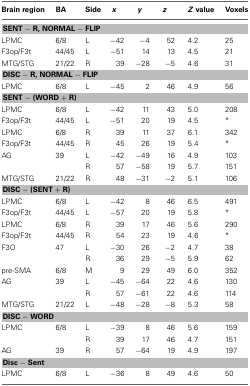
<table><thead><tr><td><b>Brain region</b></td><td><b>BA</b></td><td><b>Side</b></td><td><b><i>x</i></b></td><td><b><i>y</i></b></td><td><b><i>z</i></b></td><td><b><i>Z</i> value</b></td><td><b>Voxels</b></td></tr></thead><tbody><tr><td colspan="8"><b>SENT − R, NORMAL − FLIP</b></td></tr><tr><td>LPMC</td><td>6/8</td><td>L</td><td>−42</td><td>−4</td><td>52</td><td>4.2</td><td>25</td></tr><tr><td>F3op/F3t</td><td>44/45</td><td>L</td><td>−51</td><td>14</td><td>13</td><td>4.5</td><td>21</td></tr><tr><td>MTG/STG</td><td>21/22</td><td>R</td><td>39</td><td>−28</td><td>−5</td><td>4.6</td><td>31</td></tr><tr><td colspan="8"><b>DISC − R, NORMAL − FLIP</b></td></tr><tr><td>LPMC</td><td>6/8</td><td>L</td><td>−45</td><td>2</td><td>46</td><td>4.9</td><td>56</td></tr><tr><td colspan="8"><b>SENT − (WORD + R)</b></td></tr><tr><td>LPMC</td><td>6/8</td><td>L</td><td>−42</td><td>11</td><td>43</td><td>5.0</td><td>208</td></tr><tr><td>F3op/F3t</td><td>44/45</td><td>L</td><td>−51</td><td>20</td><td>19</td><td>4.5</td><td>*</td></tr><tr><td>LPMC</td><td>6/8</td><td>R</td><td>39</td><td>11</td><td>37</td><td>6.1</td><td>342</td></tr><tr><td>F3op/F3t</td><td>44/45</td><td>R</td><td>45</td><td>26</td><td>19</td><td>5.4</td><td>*</td></tr><tr><td>AG</td><td>39</td><td>L</td><td>−42</td><td>−49</td><td>16</td><td>4.9</td><td>103</td></tr><tr><td></td><td></td><td>R</td><td>57</td><td>−58</td><td>19</td><td>5.7</td><td>151</td></tr><tr><td>MTG/STG</td><td>21/22</td><td>R</td><td>48</td><td>−31</td><td>−2</td><td>5.1</td><td>106</td></tr><tr><td colspan="8"><b>DISC − (SENT + R)</b></td></tr><tr><td>LPMC</td><td>6/8</td><td>L</td><td>−42</td><td>8</td><td>46</td><td>6.5</td><td>491</td></tr><tr><td>F3op/F3t</td><td>44/45</td><td>L</td><td>−57</td><td>20</td><td>19</td><td>5.8</td><td>*</td></tr><tr><td>LPMC</td><td>6/8</td><td>R</td><td>39</td><td>17</td><td>46</td><td>5.6</td><td>290</td></tr><tr><td>F3op/F3t</td><td>44/45</td><td>R</td><td>54</td><td>23</td><td>19</td><td>4.6</td><td>*</td></tr><tr><td>F3O</td><td>47</td><td>L</td><td>−30</td><td>26</td><td>−2</td><td>4.7</td><td>38</td></tr><tr><td></td><td></td><td>R</td><td>36</td><td>29</td><td>−5</td><td>5.9</td><td>62</td></tr><tr><td>pre-SMA</td><td>6/8</td><td>M</td><td>9</td><td>29</td><td>49</td><td>6.0</td><td>352</td></tr><tr><td>AG</td><td>39</td><td>L</td><td>−45</td><td>−64</td><td>22</td><td>4.6</td><td>130</td></tr><tr><td></td><td></td><td>R</td><td>57</td><td>−61</td><td>22</td><td>4.6</td><td>114</td></tr><tr><td>MTG/STG</td><td>21/22</td><td>L</td><td>−48</td><td>−28</td><td>−8</td><td>5.3</td><td>58</td></tr><tr><td colspan="8"><b>DISC − WORD</b></td></tr><tr><td>LPMC</td><td>6/8</td><td>L</td><td>−39</td><td>8</td><td>46</td><td>5.6</td><td>159</td></tr><tr><td></td><td></td><td>R</td><td>39</td><td>17</td><td>46</td><td>4.7</td><td>151</td></tr><tr><td>AG</td><td>39</td><td>R</td><td>57</td><td>−64</td><td>19</td><td>4.9</td><td>197</td></tr><tr><td colspan="8"><b>Disc − Sent</b></td></tr><tr><td>LPMC</td><td>6/8</td><td>L</td><td>−36</td><td>8</td><td>49</td><td>4.6</td><td>50</td></tr></tbody></table>